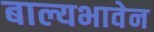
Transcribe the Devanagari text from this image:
बाल्यभावेन